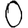
Digit: 0